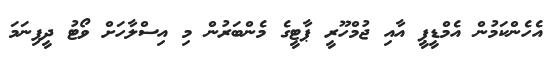
އެހެންކަމުން އެމްޑީޕީ އާއި ޖުމްހޫރީ ޕާޓީގެ މެންބަރުން މި އިސްލާހަށް ވޯޓު ދީފިނަމަ